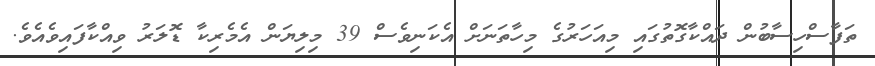
ތަފާސްހިސާބުން ދައްކާގޮތުގައި މިއަހަރުގެ މިހާތަނަށް އެކަނިވެސް 39 މިލިޔަން އެމެރިކާ ޑޮލަރު ވިއްކާފައިވެއެވެ.